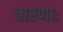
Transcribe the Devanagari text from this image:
चारणाः